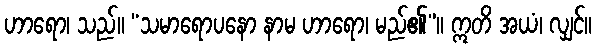
ဟာရော၊ သည်။ “သမာရောပနော နာမ ဟာရော၊ မည်၏”။ ဣတိ အယံ၊ လျှင်။